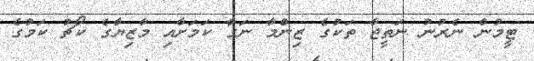
ޓީމުން ނެރުނު ނަތީޖާ ތަކުގެ ޒިންމާ ނަގާ ކަމަށާއި މާޒިޔާގެ ކޯޗު ކަމުގެ